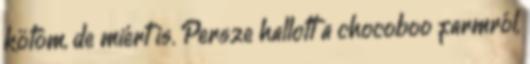
kötöm, de miért is. Persze hallott a chocoboo farmról,